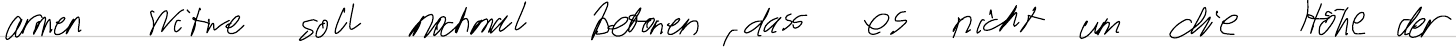
armen Witwe soll nochmal betonen, dass es nicht um die Höhe der